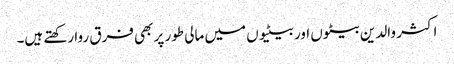
اکثر والدین بیٹوں اور بیٹیوں میں مالی طور پر بھی فرق روا رکھتے ہیں۔